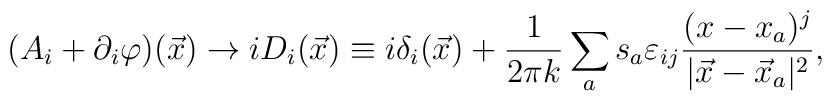
(A_{i}+\partial_i \varphi)(\vec x) \rightarrow iD_{i}(\vec x)\equiv i\delta_i (\vec x) + \frac {1}{2\pi k} \sum _{a} s_{a}\varepsilon_{ij} \frac{(x-x_{a})^{j}}{|\vec x - \vec x_{a}|^{2}},